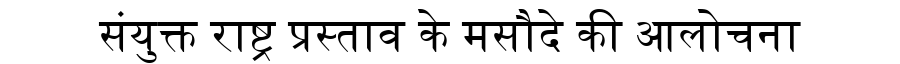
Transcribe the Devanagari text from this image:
संयुक्त राष्ट्र प्रस्ताव के मसौदे की आलोचना